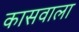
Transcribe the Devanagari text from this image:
कासवाला